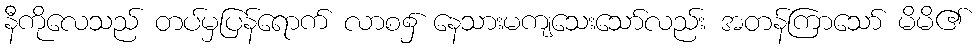
နီကိုလေသည် တပ်မှပြန်ရောက် လာစ၌ နေသားမကျသေးသော်လည်း အတန်ကြာသော် မိမိ၏